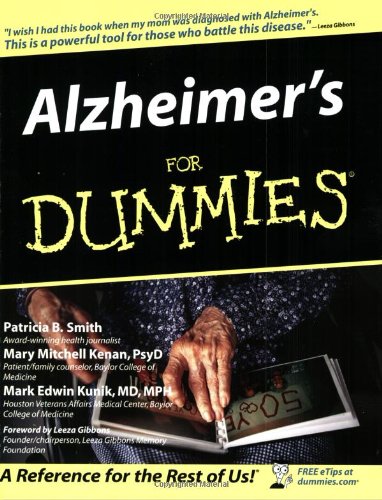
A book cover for Alzheimer's For Dummies; Patricia B. Smith; Health, Fitness & Dieting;